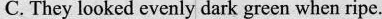
C. They looked cvenly dark grecn when ripe.